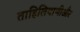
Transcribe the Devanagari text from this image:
ताहिलियाणीऔर